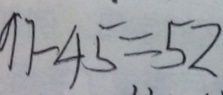
9 7 - 4 5 = 5 2